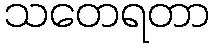
သတေရတာ